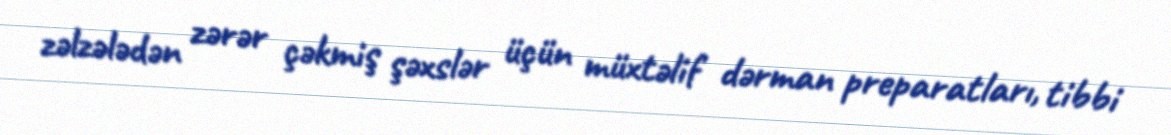
zəlzələdən zərər çəkmiş şəxslər üçün müxtəlif dərman preparatları, tibbi